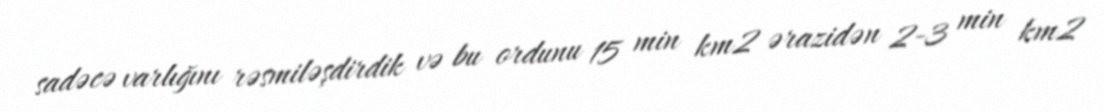
sadəcə varlığını rəsmiləşdirdik və bu ordunu 15 min km2 ərazidən 2-3 min km2